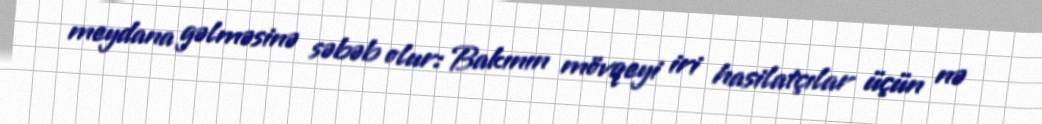
meydana gəlməsinə səbəb olur: Bakının mövqeyi iri hasilatçılar üçün nə